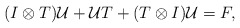
\begin{align*}(I\otimes T)\mathcal{U}+\mathcal{U} T+(T\otimes I)\mathcal{U}=F,\end{align*}